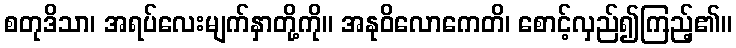
စတုဒိသာ၊ အရပ်လေးမျက်နှာတို့ကို။ အနုဝိလောကေတိ၊ စောင့်လှည်၍ကြည့်၏။